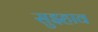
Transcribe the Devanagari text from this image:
सुझ्हाव